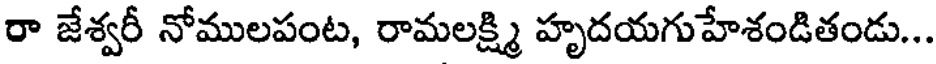
రా జేశ్వరీ నోములపంట, రామలక్ష్మి హృదయగుహేశండితండు...